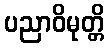
ပညာဝိမုတ္တိ